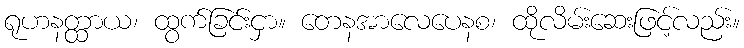
ရုဟနတ္ထာယ၊ ထွက်ခြင်းငှာ။ တေနအာလေပေနစ၊ ထိုလိမ်းဆေးဖြင့်လည်း။